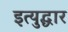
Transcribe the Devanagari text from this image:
इत्युद्धार